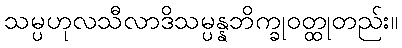
သမ္ပဟုလသီလာဒိသမ္ပန္နဘိက္ခုဝတ္ထုတည်း။